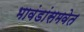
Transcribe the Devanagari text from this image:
भावंडांसमवेत